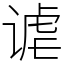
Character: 谑